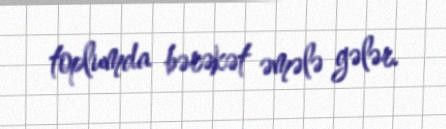
toplumda bərəkət əmələ gələr.